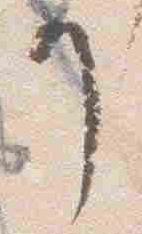
了